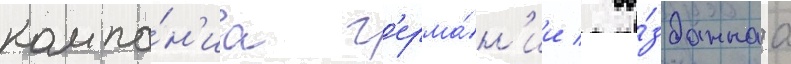
компа́н'иа г'ерма́н'ии / со́зданнаа